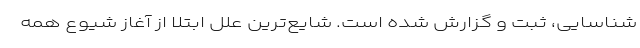
شناسایی، ثبت و گزارش شده است. شایع‌ترین علل ابتلا از آغاز شیوع همه